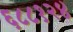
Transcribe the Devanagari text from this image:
६८८१२४